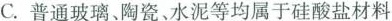
C.普通玻璃、陶瓷、水泥等均属于硅酸盐材料